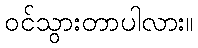
ဝင်သွားတာပါလား။